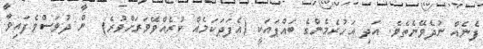
ފެނެއް ނުދެވޭނެތެވެ. އަދި އަހުރެމެންގެ ބައްޕައަކީ (އެފަދަކަމެއް ކުރެއްވޭވަރަށްވުރެ)  ން ދުވަސްވެފައިވާ